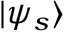
| \psi _ { s } \rangle